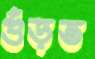
গুঁড়ত